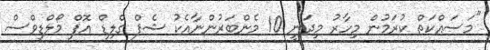
"މަސައްކަތް ކުރަމުން މިހާރު މިދަނީ 10 މެންބަރުންނާއެކު ޝެފް ގްލިޑް އޮފް މޯލްޑިވްސް